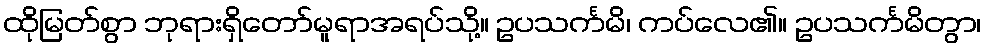
ထိုမြတ်စွာ ဘုရားရှိတော်မူရာအရပ်သို့။ ဥပသင်္ကမိ၊ ကပ်လေ၏။ ဥပသင်္ကမိတွာ၊